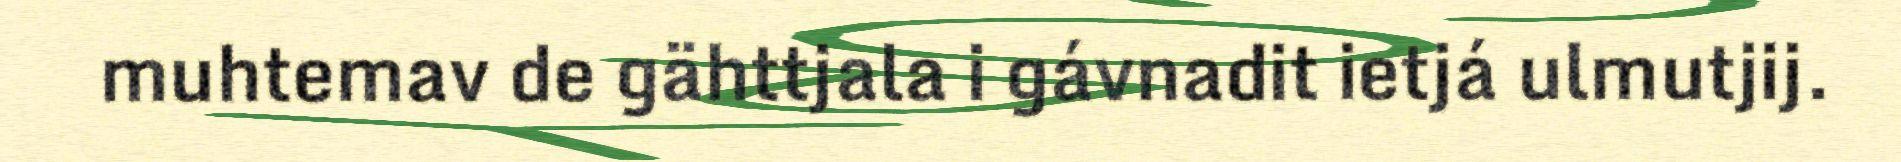
muhtemav de gähttjala i gávnadit ietjá ulmutjij.